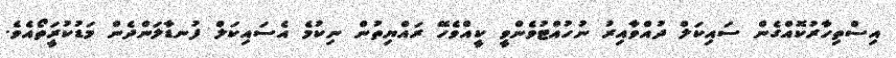
އިސްތިހާރުކޮއްގެން ސައިކަލް ދުއްވާއިރު ނުހުއްޓުވެންވީ ކީއްވެހޭ ރައްޔިތުން ނިކުމެ އެސައިކަލް ފުނޑާލަންދެން މަޑުކުރަީތޯއެވެ.